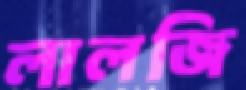
লালজি